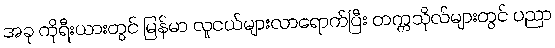
အခု ကိုရီးယားတွင် မြန်မာ လူငယ်များလာရောက်ပြီး တက္ကသိုလ်များတွင် ပညာ